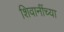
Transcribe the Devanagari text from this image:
शिवानींच्या